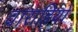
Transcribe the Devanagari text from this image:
वाराहियों